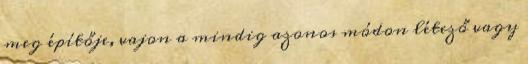
meg építője, vajon a mindig azonos módon létező vagy